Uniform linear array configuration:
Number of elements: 24
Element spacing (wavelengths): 0.5
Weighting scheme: exponential
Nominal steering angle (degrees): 15
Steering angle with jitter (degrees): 13.182
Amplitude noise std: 0.05
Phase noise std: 0.05

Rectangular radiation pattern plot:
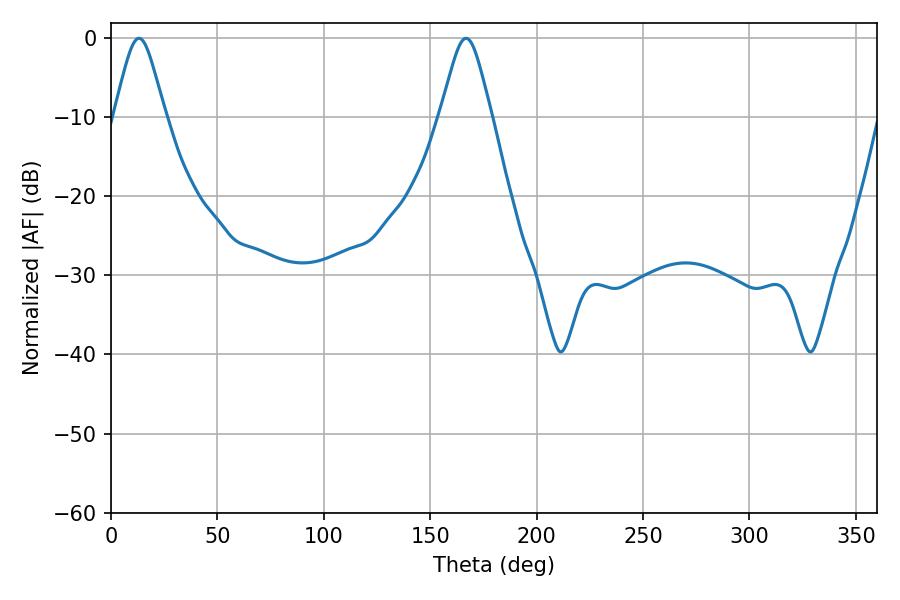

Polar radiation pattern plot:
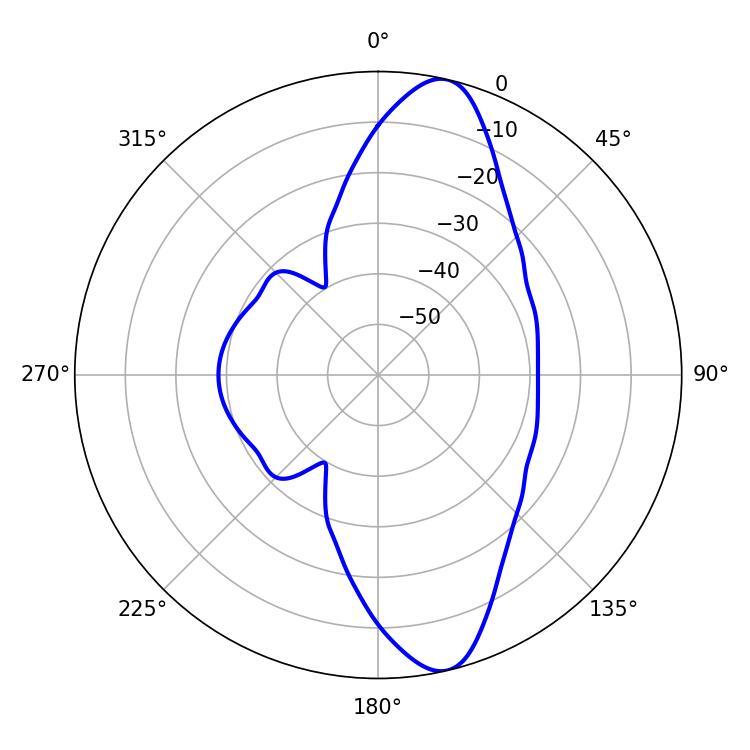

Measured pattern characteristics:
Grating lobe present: FALSE
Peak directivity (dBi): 12.358
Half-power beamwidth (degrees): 11.7
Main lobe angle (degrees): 13.14